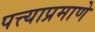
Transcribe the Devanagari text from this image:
पत्त्याप्रमाणे